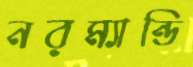
নরম্যান্ডি